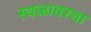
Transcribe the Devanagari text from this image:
स्थळावरचा